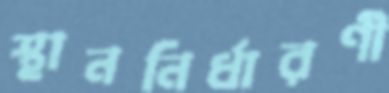
স্থাননির্ধারণী